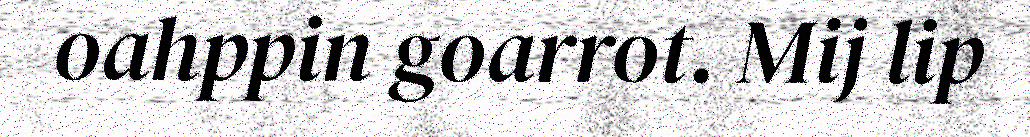
oahppin goarrot. Mij lip